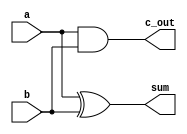
module half_add(input a, 
		input b, 
		output sum, 
		output c_out);

xor (sum, a, b);
and (c_out, a, b);
endmodule

module full_add(input a,
		input b,
		input c_in,
		output c_out,
		output sum);

	wire w1, w2, w3;

half_add h1(a, b, w1, w2);
half_add h2(c_in, w1, sum, w3);
or (c_out, w2, w3);
endmodule

module MUX_4x1 (input S1, S0,
		input I1, I2,
		output Y);
	
		wire w1, w2;

and (w1, I1, S0);
and (w2, I2, S1);
or(Y, w1, w2);
endmodule


module AU_4(input [3:0] A, B,
		input S1, S0,
		input Cin,
		output Cout,
		output [3:0] G);


		wire c_in1, c_in2, c_in3;
		wire [3:0] Bbar, Y;

not (Bbar[0], B[0]);
not (Bbar[1], B[1]);
not (Bbar[2], B[2]);
not (Bbar[3], B[3]);

MUX_4x1 M1(S1, S0, B[0], Bbar[0], Y[0]);
MUX_4x1 M2(S1, S0, B[1], Bbar[1], Y[1]);
MUX_4x1 M3(S1, S0, B[2], Bbar[2], Y[2]);
MUX_4x1 M4(S1, S0, B[3], Bbar[3], Y[3]); 

full_add M5(A[0], Y[0], Cin, c_in1, G[0]);
full_add M6(A[1], Y[1], c_in1, c_in2, G[1]);
full_add M7(A[2], Y[2], c_in2, c_in3, G[2]);  
full_add M8(A[3], Y[3], c_in3, Cout, G[3]);
 
endmodule


module AL_4(input [3:0] A,B,
		input S1, S0,
		output reg [3:0] G_L);

always @ *
	case({S1, S0})
		2'b00: G_L = A & B; //AND
		2'b01: G_L = A | B; //OR
		2'b10: G_L = A ^ B; //XOR
		2'b11: G_L = ~A; //NOT
	endcase
endmodule


module ALU_4(input [3:0] A, B,
		input Cin, S0, S1, S2,
		output reg [3:0] G,
		output reg Cout);

	wire [3:0] G_A, G_L;
	wire Cout_sub;

AL_4 M9(A, B, S1, S0, G_L);
AU_4 M10(A, B, S1, S0, Cin, Cout_sub, G_A);

always @ *
if(S2 == 1)
begin 
	{Cout, G} = {1'b0, G_L};
end
else
begin
	{Cout, G} = {Cout_sub, G_A};
end
endmodule

module ALU_4_test;
	reg [3:0] A, B;
	reg Cin, S2, S1, S0;
	wire [3:0] G;
	wire Cout;

ALU_4 ALU_4(.S2(S2), .S1(S1), .S0(S0), .Cin(Cin), .A(A), .B(B), .Cout(Cout), .G(G));

initial begin
A = 4'b1111;
B = 4'b0001;
S2 = 0; S1 = 0; S0 = 0; Cin = 0;
#100
S2 = 0; S1 = 0; S0 = 0; Cin = 1;
#100
S2 = 0; S1 = 0; S0 = 1; Cin = 0;
#100
S2 = 0; S1 = 0; S0 = 1; Cin = 1;
#100
S2 = 0; S1 = 1; S0 = 0; Cin = 0;
#100
S2 = 0; S1 = 1; S0 = 0; Cin = 1;
#100
S2 = 0; S1 = 1; S0 = 1; Cin = 0;
#100
S2 = 0; S1 = 1; S0 = 1; Cin = 1;
#100
S2 = 1; S1 = 0; S0 = 0; Cin = 0;
#100
S2 = 1; S1 = 0; S0 = 0; Cin = 1;
#100
S2 = 1; S1 = 0; S0 = 1; Cin = 0;
#100
S2 = 1; S1 = 0; S0 = 1; Cin = 1;
#100
S2 = 1; S1 = 1; S0 = 0; Cin = 0;
#100
S2 = 1; S1 = 1; S0 = 0; Cin = 1;
#100
S2 = 1; S1 = 1; S0 = 1; Cin = 0;
#100
S2 = 1; S1 = 1; S0 = 1; Cin = 1;
#100
$stop;
end
endmodule